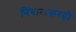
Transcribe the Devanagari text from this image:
निंबाळकरही